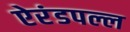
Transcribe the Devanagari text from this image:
ऐरंडपल्ल